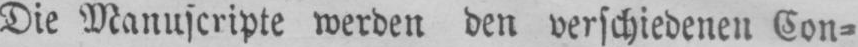
Die Manuscripte werden den verschiedenen Con⸗